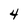
Character: 4